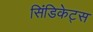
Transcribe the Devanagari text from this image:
सिंडिकेट्स